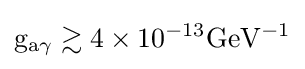
\mathrm {g_{a\gamma }\gtrsim 4\times 10^{-13}GeV^{-1}}